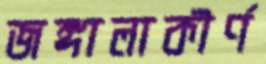
জঙ্গালাকীর্ণ